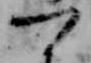
つ